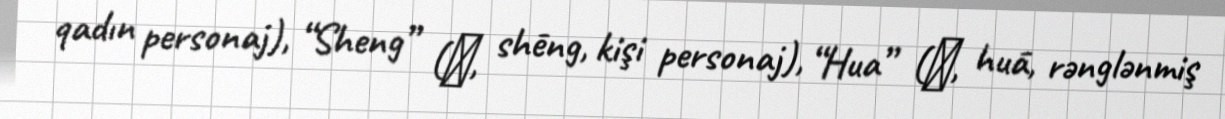
qadın personaj), “Sheng” (生, shēng, kişi personaj), “Hua” (花, huā, rənglənmiş